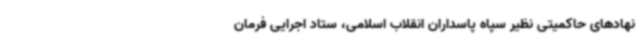
نهادهای حاکمیتی نظیر سپاه پاسداران انقلاب اسلامی، ستاد اجرایی فرمان